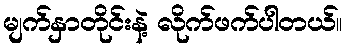
မျက်နှာတိုင်းနဲ့ လိုက်ဖက်ပါတယ်။